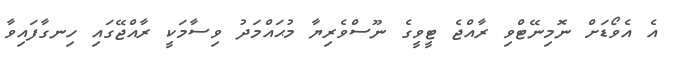
އެ އެވޯޑަށް ނޮމިނޭޓްވި ރާއްޖެ ޓީވީގެ ނޫސްވެރިޔާ މުޙައްމަދު ވިސާމަކީ ރާއްޖޭގައި ހިނގާފައިވާ